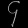
Digit: ၄